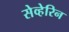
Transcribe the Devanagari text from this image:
सेव्हेरिन